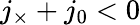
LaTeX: j_{\times}+j_{0}<0